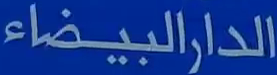
الدارالبيضاء